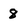
Character: 8